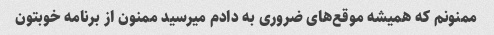
ممنونم که همیشه موقع‌های ضروری به دادم میرسید ممنون از برنامه خوبتون